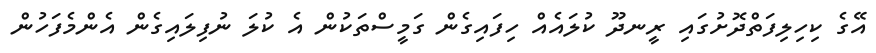
އޭގެ ކިހިލިފަތްދޮށުގައި ރީނދޫ ކުލައެއް ހިފައިގެން ގަމީސްތަކުން އެ ކުލަ ނުފިލައިގެން އެންމެފަހުން